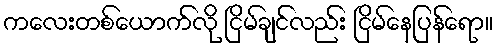
ကလေးတစ်ယောက်လို ငြိမ်ချင်လည်း ငြိမ်နေပြန်ရော။